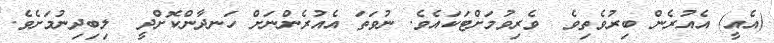
(އެއީ) އެއުރެން ބިރުވެތިވެ  ވެރިވުމަށްޓަކައެވެ. ނުވަތަ އެއުރެންނަށް ހަނދާންކޮށްދީ  ލިބިދިނުމަށެވެ.